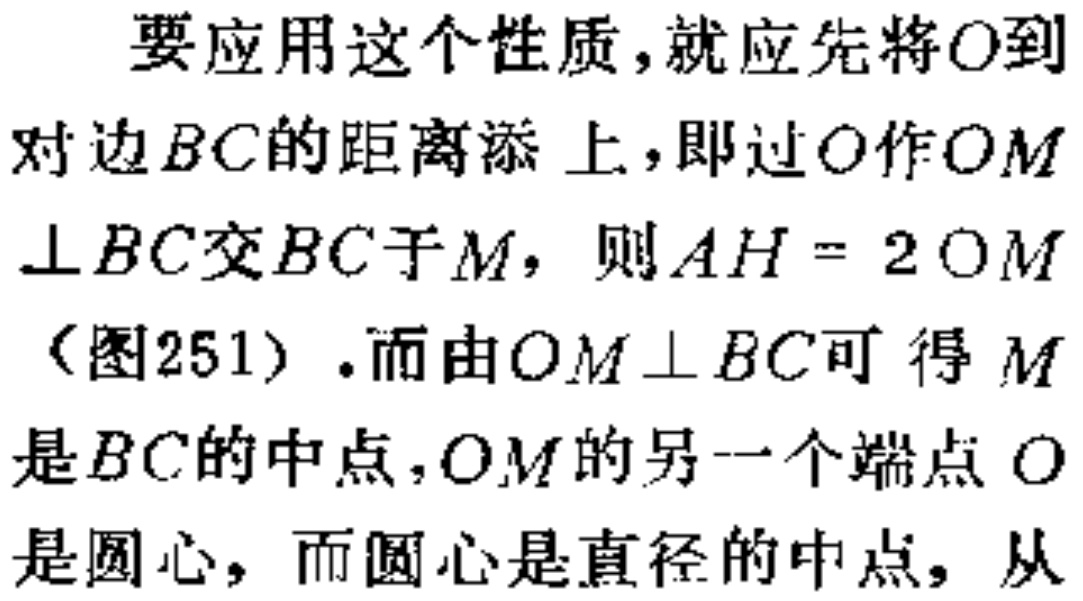
要应用这个性质,就应先将\(O\)到
对边\(BC\)的距离添上，即过\(O\)作\(OM\)
\(\perp BC\)交\(BC\)于\(M\)，则\(AH = 2OM\)
（图251）.而由\(OM\perp BC\)可得\(M\)
是\(BC\)的中点，\(OM\)的另一个端点\(O\)
是圆心，而圆心是直径的中点，从